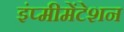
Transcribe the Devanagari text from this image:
इंप्मीमेंटेशन